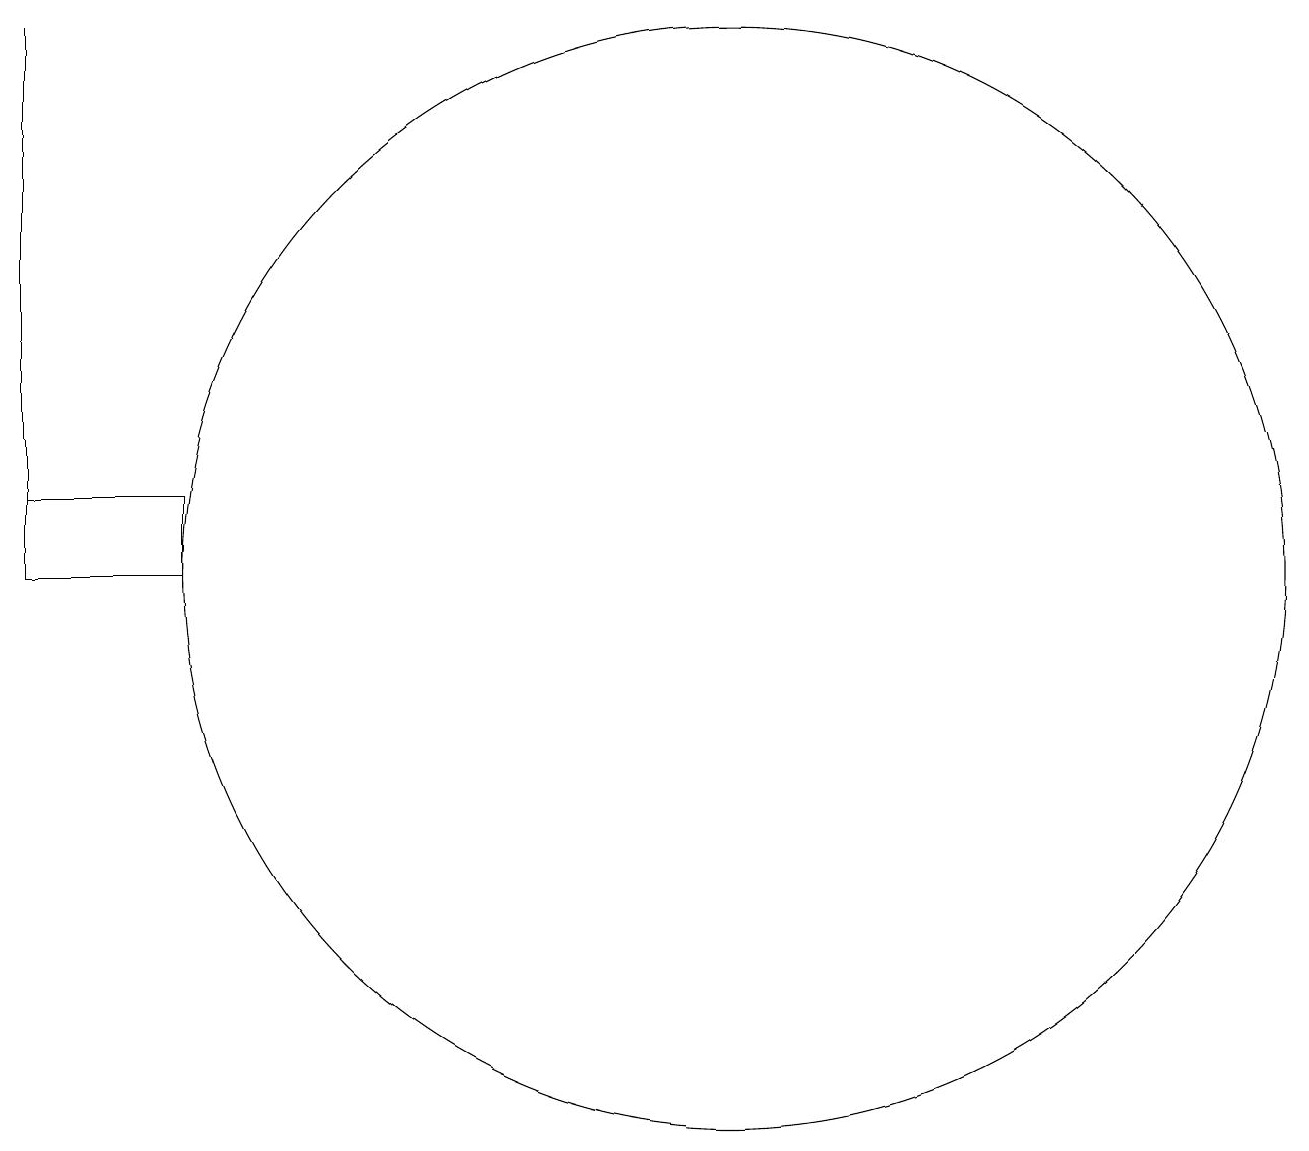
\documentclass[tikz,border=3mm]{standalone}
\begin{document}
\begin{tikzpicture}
\draw (4,12) rectangle (2,11);
\draw (2,11) rectangle (2,18);
\draw (11,11) circle (7);
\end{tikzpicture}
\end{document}